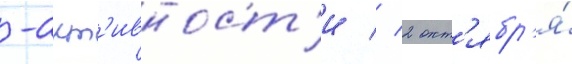
-акт'ивност'и // 2 окт'ябр'я́